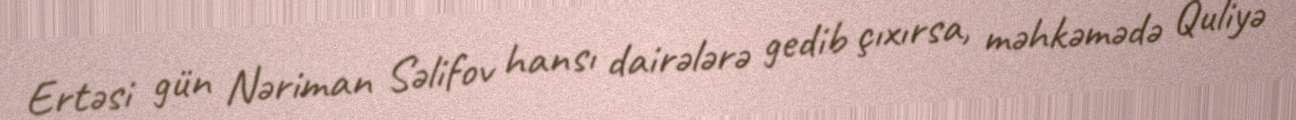
Ertəsi gün Nəriman Səlifov hansı dairələrə gedib çıxırsa, məhkəmədə Quliyə